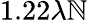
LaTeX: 1.22\lambda\mathbb{N}